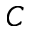
\boldsymbol { C }